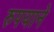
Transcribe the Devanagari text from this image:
रुपयाने